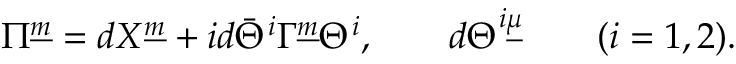
\Pi ^ { \underline { { m } } } = d X ^ { \underline { { m } } } + i d \bar { \Theta } ^ { i } \Gamma ^ { \underline { { m } } } \Theta ^ { i } , \qquad d \Theta ^ { i \underline { { \mu } } } \qquad ( i = 1 , 2 ) .